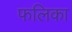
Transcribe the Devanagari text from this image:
फलिका